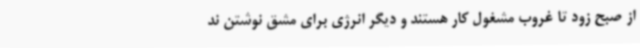
از صبح زود تا غروب مشغول کار هستند و دیگر انرژی برای مشق نوشتن ند